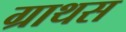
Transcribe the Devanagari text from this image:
ग्राथस